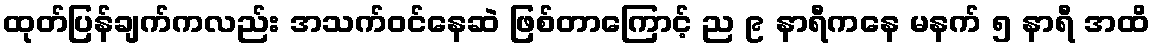
ထုတ်ပြန်ချက်ကလည်း အသက်ဝင်နေဆဲ ဖြစ်တာကြောင့် ည ၉ နာရီကနေ မနက် ၅ နာရီ အထိ